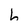
Character: h